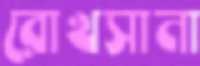
রোখসানা